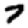
Digit: 7